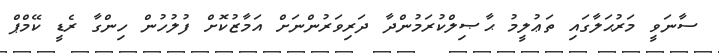
ސާނަވީ މަރުޙަލާގައި ތަޢުލީމު ޙާޞިލްކުރަމުންދާ ދަރިވަރުންނަށް އަމާޒުކޮށް ފުލުހުން ހިންގާ ރެޑީ ކޭމްޕް